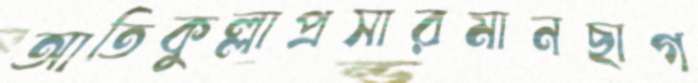
আতিকুল্লাপ্রসারমানছাগ